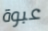
عبوة